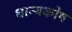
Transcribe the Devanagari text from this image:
धान्यकोष